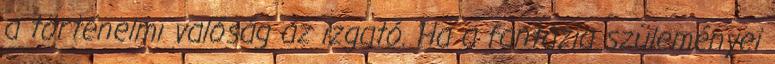
a történelmi valóság az izgató. Ha a fantázia szüleményei